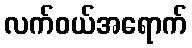
လက်ဝယ်အရောက်